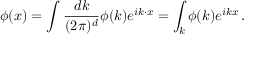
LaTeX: \phi ( x ) = \int { \frac { d k } { ( 2 \pi ) ^ { d } } } \phi ( k ) e ^ { i k \cdot x } = \int _ { k } \phi ( k ) e ^ { i k x } \, .